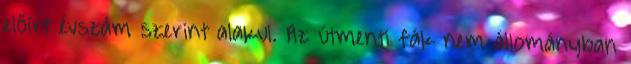
előírt évszám szerint alakul. Az útmenti fák nem állományban